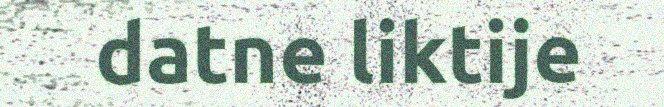
datne liktije